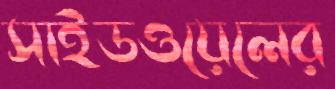
সাইডওয়েলের